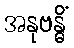
အနုဗန္ဓိံ